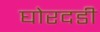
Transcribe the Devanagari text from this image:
घोरदडी